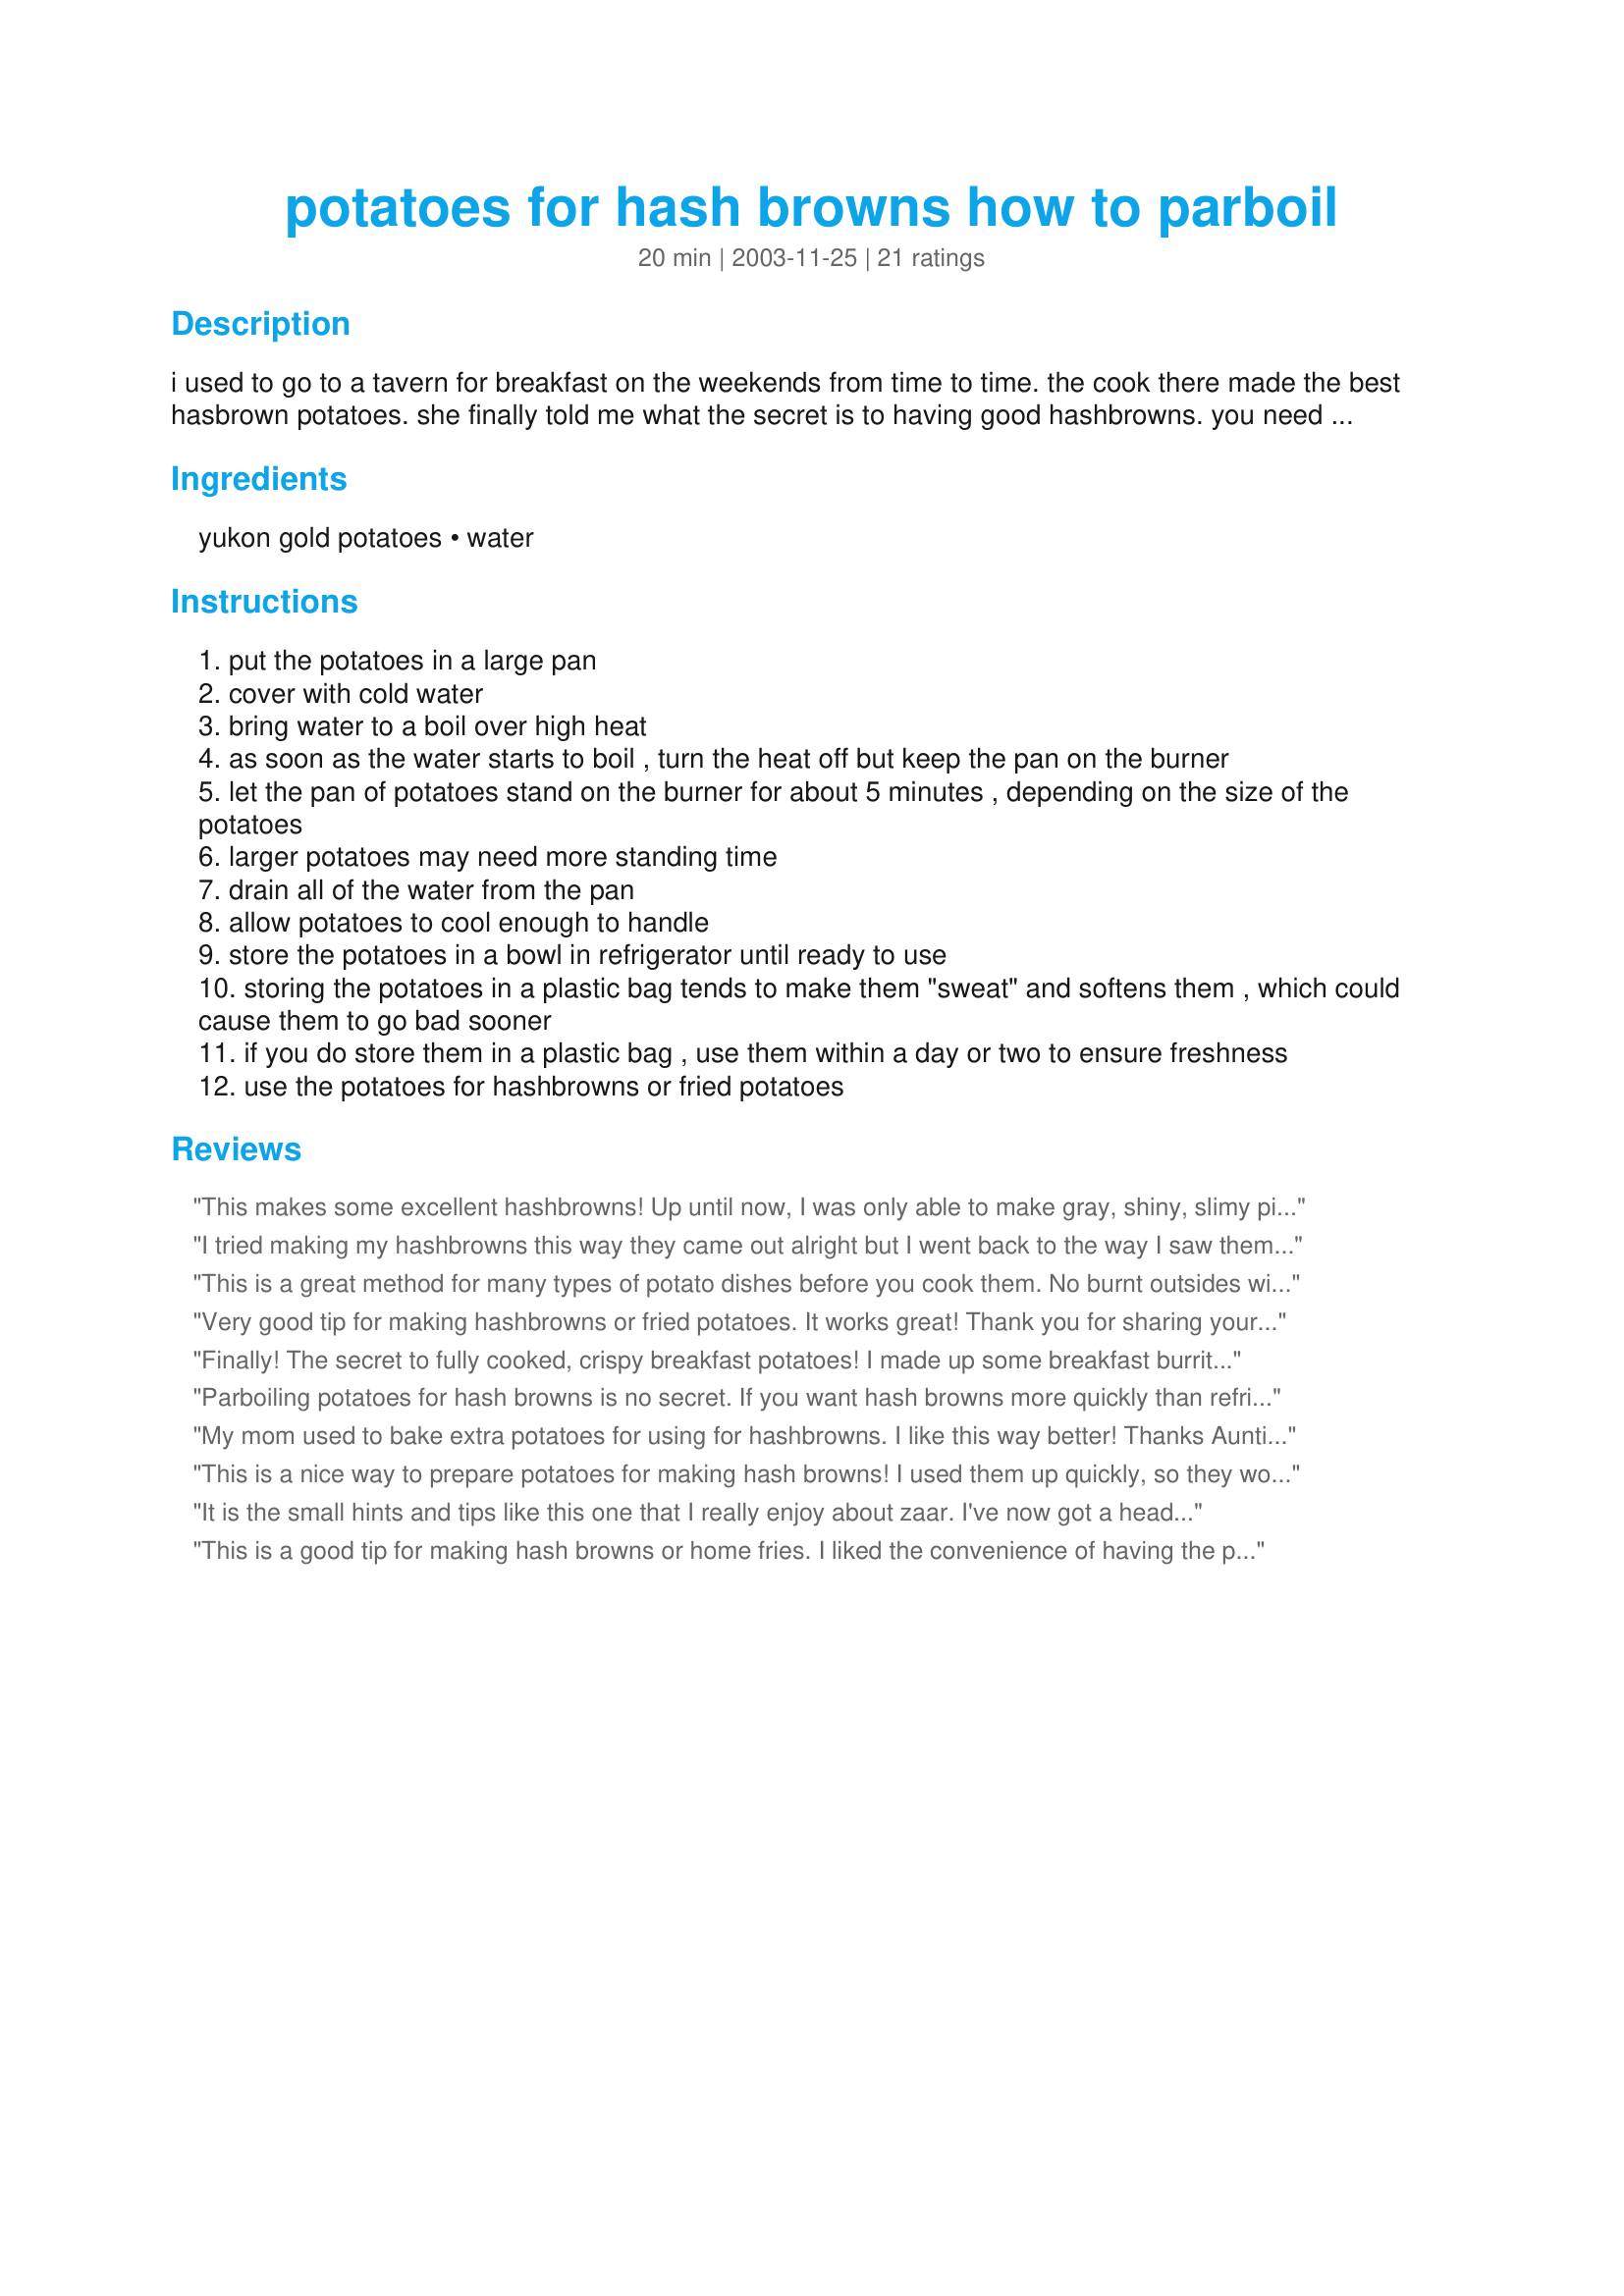
potatoes for hash browns how to parboil
Preparation time: 20 minutes

i used to go to a tavern for breakfast on the weekends from time to time. the cook there made the best hasbrown potatoes. she finally told me what the secret is to having good hashbrowns. you need to partially cook the potatoes first. raw potatoes have a tendency to absorb the grease and stick together. any kind of potato can be used but i prefer the yukon golds or red potatoes. you can use these in my recipe #78432 recipe.

Ingredients:
yukon gold potatoes, water

Steps:
put the potatoes in a large pan
cover with cold water
bring water to a boil over high heat
as soon as the water starts to boil , turn the heat off but keep the pan on the burner
let the pan of potatoes stand on the burner for about 5 minutes , depending on the size of the potatoes
larger potatoes may need more standing time
drain all of the water from the pan
allow potatoes to cool enough to handle
store the potatoes in a bowl in refrigerator until ready to use
storing the potatoes in a plastic bag tends to make them "sweat" and softens them , which could cause them to go bad sooner
if you do store them in a plastic bag , use them within a day or two to ensure freshness
use the potatoes for hashbrowns or fried potatoes

Reviews:
This makes some excellent hashbrowns! Up until now, I was only able to make gray, shiny, slimy piles of starch that were supposed to be hashbrowns. Now that I found this recipe, I can make restaurant quality spuds! I found that they turned out even better after being in the refrigerator for a bit so they are really cold--they don't stick together at all that way. These remind me of Simply Potatoes hashbrowns, and the best part about all of this is that I can't get those where I live in Puerto Rico. Now I can make all of those recipes that call for them! Enough raving already--great recipe and thanks for sharing!
I tried making my hashbrowns this way they came out alright but I went back to the way I saw them maid about 15 years ago on tv instead of pre boiling the potatoes you pill them from the raw stage lay out some cheese cloth on a plate place your grader over the cloth and grade the potato onto the cloth when all the potato is graded you wrap up the cloth and squeeze all the liquid out of the potato and then they will be ready to fry, to me this way they taste a lot better then pre boiling.
This is a great method for many types of potato dishes before you cook them. No burnt outsides with raw potato taste insides. If I don't have the time I have found that sticking them in the microwave for about 3 to 5 minutes (depending on how many taters you are using) works well too! Thanks for posting Woof.
Very good tip for making hashbrowns or fried potatoes. It works great! Thank you for sharing your recipe.
Finally! The secret to fully cooked, crispy breakfast potatoes! I made up some breakfast burritos this weekend and used some parboiled potatoes in my filling. Before I added the other ingredients I kept tasting the potatoes- so good! Thanks for posting this secret.
Parboiling potatoes for hash browns is no secret. If you want hash browns more quickly than refrigerating will allow, simply let them sit in the pot under slowly running cold water for about 15 minutes, then dice.
My mom used to bake extra potatoes for using for hashbrowns. I like this way better! Thanks Auntie! :)
This is a nice way to prepare potatoes for making hash browns! I used them up quickly, so they wouldn't get brown. I like to dice my potatoes into little cubes and fry with onion and sometimes a little green pepper. Yum! Thanks AuntieWoofieWoof!
It is the small hints and tips like this one that I really enjoy about zaar. I've now got a head start on a couple of breakfastes. Thanks.
This is a good tip for making hash browns or home fries. I liked the convenience of having the potatoes partially cooked and ready to use. I made sure the potatoes were completely dry before frying so that they browned well and became crispy. Yum! Thanks, Auntie.
I have been searching for a recipe that doesn't involve pre-packaged hash browns. Thanks for the tip!
Worked PERFECTLY!!!! Thanks!
These made the best home fries! I used your recipe #78432. I par-boiled 5 large Yukon gold potatoes. I let them sit in the boiling water for about 10 minutes because of their size. I think I&#039;d let them sit longer if I planned on cooking them diced (which I did). I think they would have been just right for shredded. Thank you for a great tip for successfully making home-fries and hash-browns!
This worked really well and was really easy. Since I was really hungry and too impatient to wait for the potato to cool, I took a tip I learned from making hard boiled eggs and re-filled the pot with cold water after cooking to cool the potato more quickly. It only took about two minutes to cool that way. I was surprised at how easy it was the peel and grate the parboiled potato, and my hash browns came out better than ever! Thank you!
I've been trying for close to 20 years to make hash browns that aren't mushy, greasy, gray, etc., I could go on forever. After yesterday's failed attempt my husband asked that I not make hash browns from scratch again. I remembered seeing this recipe from a previous search and looked for it again. I will say that the secret is to cook your potatoes the night before. These were almost restaurant quality hash browns. I think the only mistake I made was not using more oil to fry them a nice golden brown.Thanks AuntWoofieWoof. This is the recipe I have been searching for, literally for years.
I won't rate it until I put it to the hash brown test, but I will comment that I used this recipe for making potato pancakes! I parboiled 10 russets... they sat in the pan 10 minutes after coming to a full boil. After they cooled off, I shredded them for the pancakes, and the pancakes were better than ever! Thank you AuntWoofieWoof!
Thank you, thank you, thank you! For the first time EVER, I made not just edible, but delicious hashbrowns! Mine have always either been undercooked or mushy until I tried your method. Thank you so much for sharing!
Great recipe! Rare is the occasion when one finds truly well made crispy hashbrowns. After trying this recipe I'm sure precooking is indeed the secret. Several times a year we have a traditional western brunch and now you have taken the quesswork out of making great hashbrowns! Gerry 999
Just getting ready to make this recipe again. Surprised to see I hadn't reviewed it. It makes great hashbrowns, and I wanted to add a good review. This one's a keeper!
Very good tip! I agree with Marie about making sure that they are dry before hand.
Perfect hash browns. I made these to go along with omelets the other morning, they turned out great. Thank you for this wonderful way to make browns.....Stephanie
